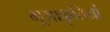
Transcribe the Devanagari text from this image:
भूआकृतियां